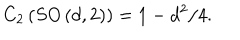
LaTeX: C _ { 2 } \left( S O \left( d , 2 \right) \right) = 1 - d ^ { 2 } / 4 .